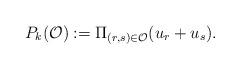
LaTeX: \begin{align*} P_k(\mathcal{O}):=\Pi_{(r,s)\in \mathcal{O}}(u_r+u_s). \end{align*}